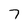
Character: 7